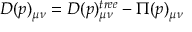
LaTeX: D ( p ) _ { \mu \nu } = D ( p ) _ { \mu \nu } ^ { t r e e } - \Pi ( p ) _ { \mu \nu }